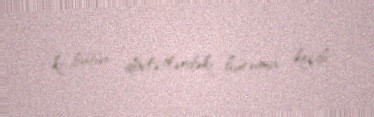
ki, bütün dövlətlərdəki hücuma keçdi.